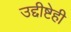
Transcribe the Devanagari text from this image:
उद्दीष्टेही